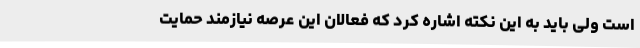
است ولی باید به این نکته اشاره کرد که فعالان این عرصه نیازمند حمایت